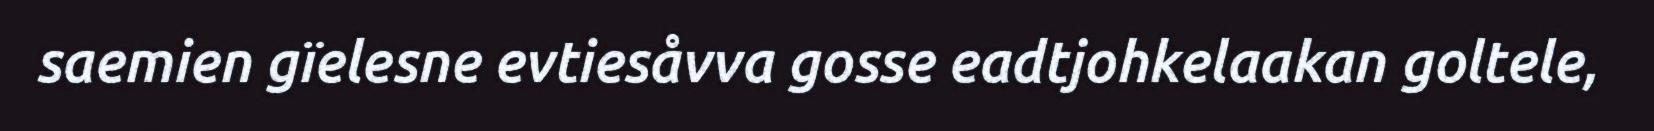
saemien gïelesne evtiesåvva gosse eadtjohkelaakan goltele,